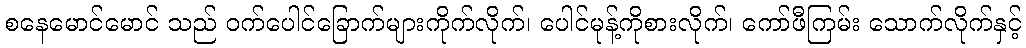
စနေမောင်မောင် သည် ဝက်ပေါင်ခြောက်များကိုက်လိုက်၊ ပေါင်မုန့်ကိုစားလိုက်၊ ကော်ဖီကြမ်း သောက်လိုက်နှင့်